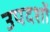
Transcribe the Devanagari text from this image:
उपदशों